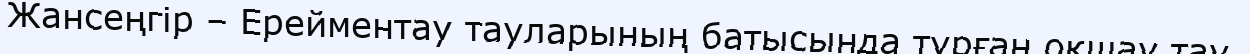
Жансеңгір – Ерейментау тауларының батысында тұрған оқшау тау.